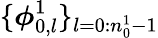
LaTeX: \{ \boldsymbol{\phi}_{0,l}^{1}\} _{l=0:n_{0}^{1}-1}